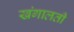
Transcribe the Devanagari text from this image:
खंगालती